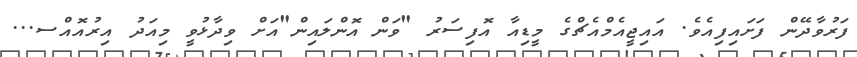
ފަރުވާދޭން ފަށައިފިއެވެ. އައިޖީއެމްއެޗްގެ މީޑިއާ އޮފިސަރު "ވަން އޮންލައިން"އަށް ވިދާޅުވީ މިއަދު އިރުއޮއްސ...